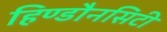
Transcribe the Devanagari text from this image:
हिण्डौनसिटी